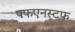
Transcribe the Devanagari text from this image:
पफएनस्टफ